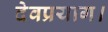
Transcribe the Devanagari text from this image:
देवप्रयाग।